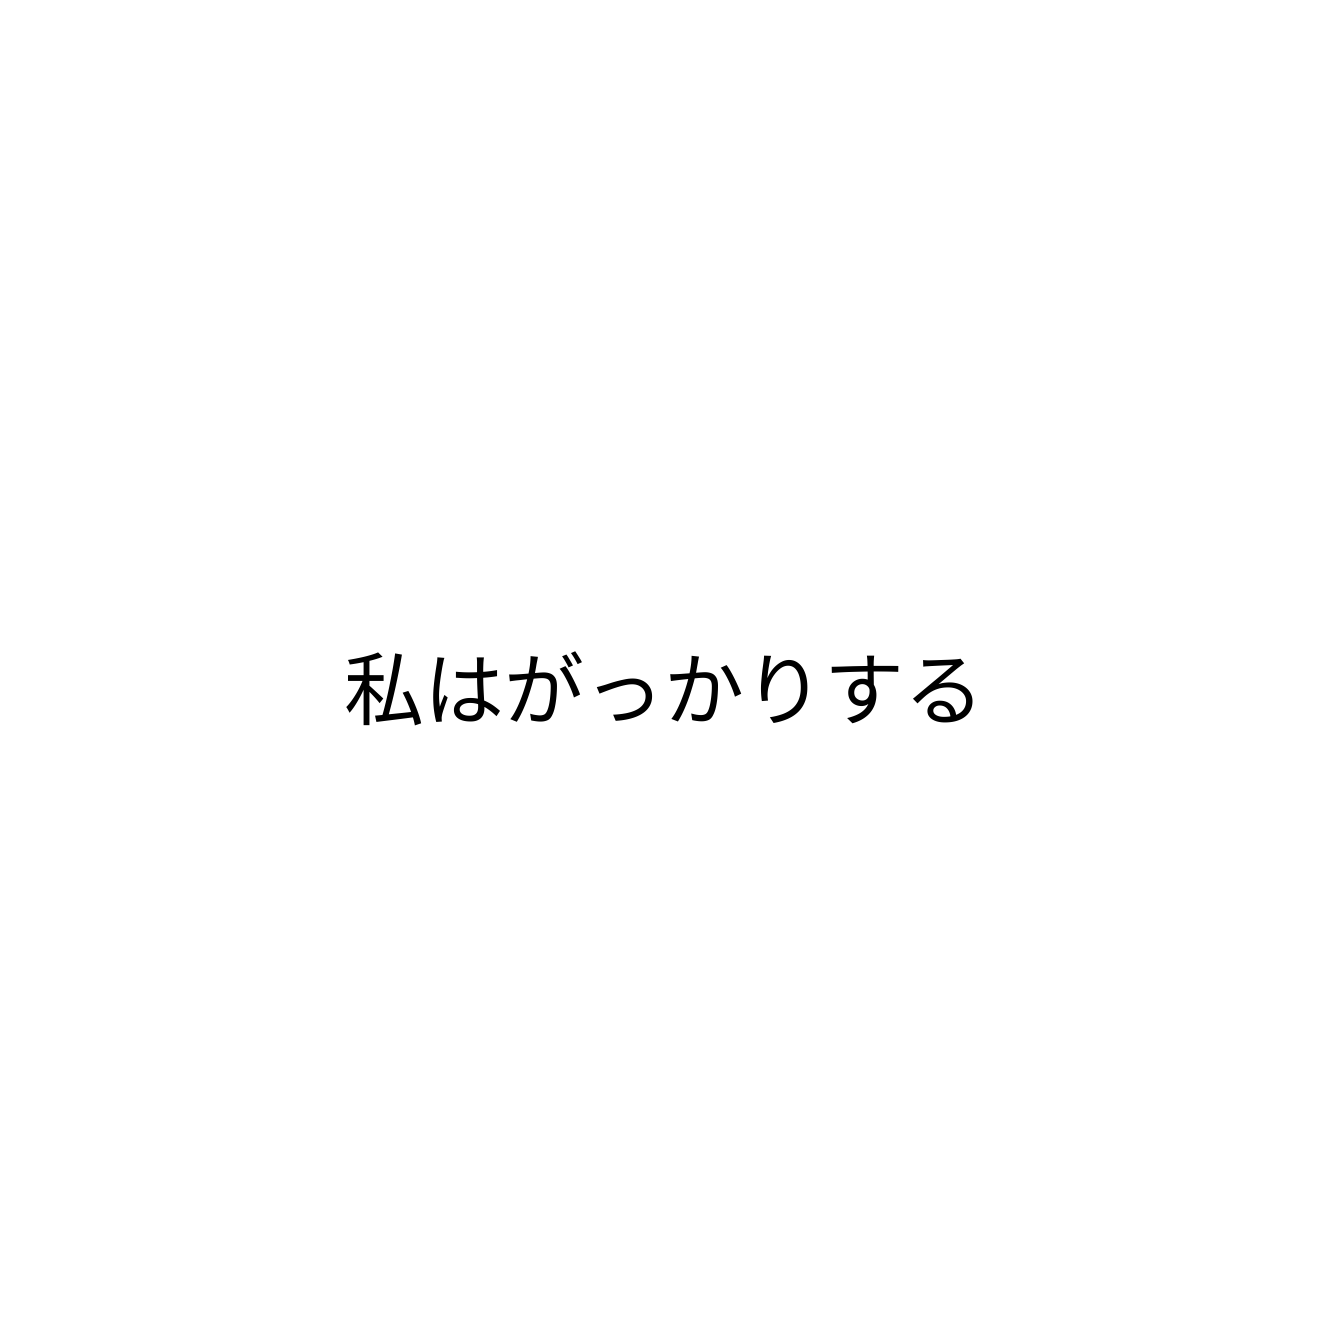
私はがっかりする